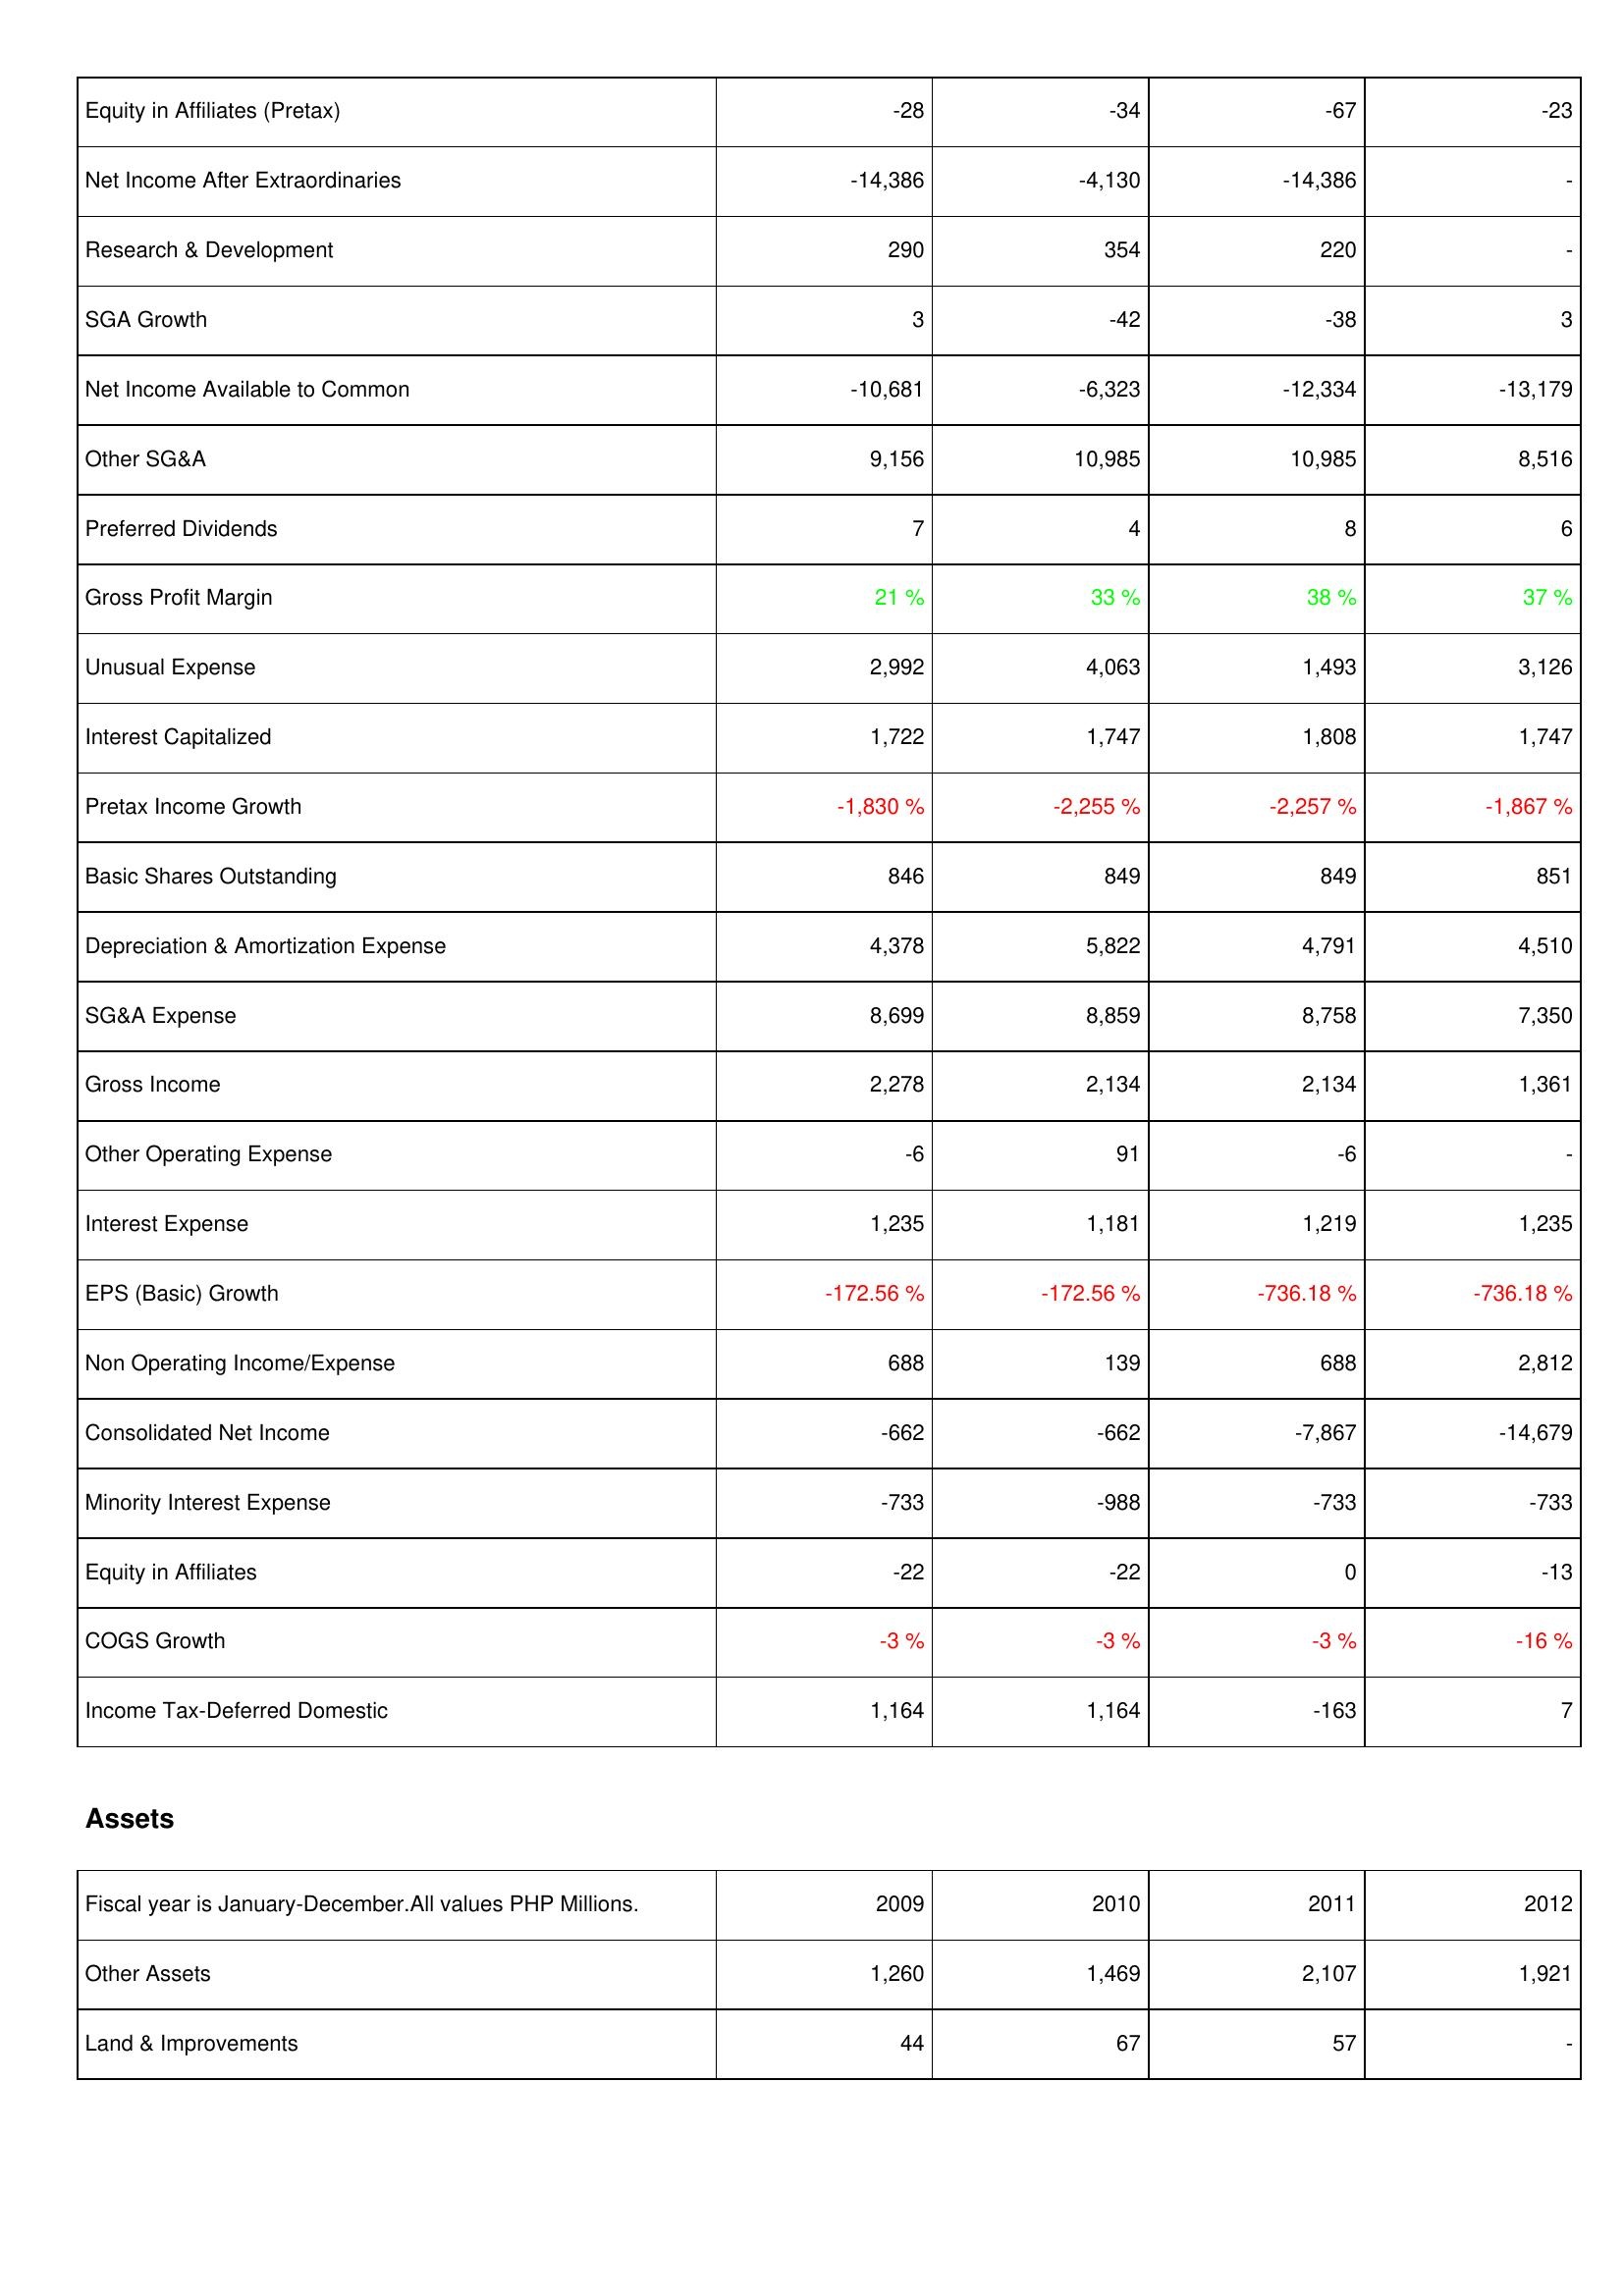
2009: Income Statement: Equity in Affiliates (Pretax): -28
Net Income After Extraordinaries: -14,386
Research & Development: 290
SGA Growth: 3
Net Income Available to Common: -10,681
Other SG&A: 9,156
Preferred Dividends: 7
Gross Profit Margin: 21 %
Unusual Expense: 2,992
Interest Capitalized: 1,722
Pretax Income Growth: -1,830 %
Basic Shares Outstanding: 846
Depreciation & Amortization Expense: 4,378
SG&A Expense: 8,699
Gross Income: 2,278
Other Operating Expense: -6
Interest Expense: 1,235
EPS (Basic) Growth: -172.56 %
Non Operating Income/Expense: 688
Consolidated Net Income: -662
Minority Interest Expense: -733
Equity in Affiliates: -22
COGS Growth: -3 %
Income Tax-Deferred Domestic: 1,164
Assets: Other Assets: 1,260
Land & Improvements: 44
2010: Income Statement: Equity in Affiliates (Pretax): -34
Net Income After Extraordinaries: -4,130
Research & Development: 354
SGA Growth: -42
Net Income Available to Common: -6,323
Other SG&A: 10,985
Preferred Dividends: 4
Gross Profit Margin: 33 %
Unusual Expense: 4,063
Interest Capitalized: 1,747
Pretax Income Growth: -2,255 %
Basic Shares Outstanding: 849
Depreciation & Amortization Expense: 5,822
SG&A Expense: 8,859
Gross Income: 2,134
Other Operating Expense: 91
Interest Expense: 1,181
EPS (Basic) Growth: -172.56 %
Non Operating Income/Expense: 139
Consolidated Net Income: -662
Minority Interest Expense: -988
Equity in Affiliates: -22
COGS Growth: -3 %
Income Tax-Deferred Domestic: 1,164
Assets: Other Assets: 1,469
Land & Improvements: 67
2011: Income Statement: Equity in Affiliates (Pretax): -67
Net Income After Extraordinaries: -14,386
Research & Development: 220
SGA Growth: -38
Net Income Available to Common: -12,334
Other SG&A: 10,985
Preferred Dividends: 8
Gross Profit Margin: 38 %
Unusual Expense: 1,493
Interest Capitalized: 1,808
Pretax Income Growth: -2,257 %
Basic Shares Outstanding: 849
Depreciation & Amortization Expense: 4,791
SG&A Expense: 8,758
Gross Income: 2,134
Other Operating Expense: -6
Interest Expense: 1,219
EPS (Basic) Growth: -736.18 %
Non Operating Income/Expense: 688
Consolidated Net Income: -7,867
Minority Interest Expense: -733
Equity in Affiliates: 0
COGS Growth: -3 %
Income Tax-Deferred Domestic: -163
Assets: Other Assets: 2,107
Land & Improvements: 57
2012: Income Statement: Equity in Affiliates (Pretax): -23
Net Income After Extraordinaries: -
Research & Development: -
SGA Growth: 3
Net Income Available to Common: -13,179
Other SG&A: 8,516
Preferred Dividends: 6
Gross Profit Margin: 37 %
Unusual Expense: 3,126
Interest Capitalized: 1,747
Pretax Income Growth: -1,867 %
Basic Shares Outstanding: 851
Depreciation & Amortization Expense: 4,510
SG&A Expense: 7,350
Gross Income: 1,361
Other Operating Expense: -
Interest Expense: 1,235
EPS (Basic) Growth: -736.18 %
Non Operating Income/Expense: 2,812
Consolidated Net Income: -14,679
Minority Interest Expense: -733
Equity in Affiliates: -13
COGS Growth: -16 %
Income Tax-Deferred Domestic: 7
Assets: Other Assets: 1,921
Land & Improvements: -